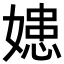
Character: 𡠛